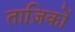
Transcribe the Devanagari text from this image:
ताज़िकों